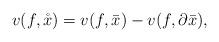
LaTeX: \begin{align*}v(f,\mathring{x}) = v(f,\bar{x}) - v(f, \partial \bar{x}),\end{align*}